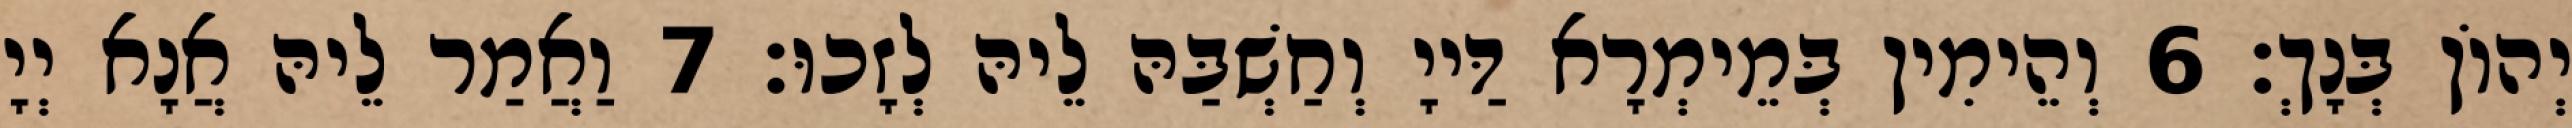
יְהוֹן בְּנָךְ׃ 6 וְהֵימִין בְּמֵימְרָא דַּייָ וְחַשְׁבַּהּ לֵיהּ לְזָכוּ׃ 7 וַאֲמַר לֵיהּ אֲנָא יְיָ